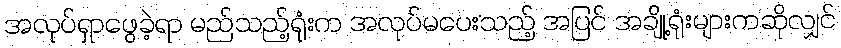
အလုပ်ရှာဖွေခဲ့ရာ မည်သည့်ရုံးက အလုပ်မပေးသည့် အပြင် အချို့ရုံးများကဆိုလျှင်